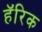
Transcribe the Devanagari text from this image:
हॅरिक